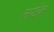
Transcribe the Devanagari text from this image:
सप्टेंवर